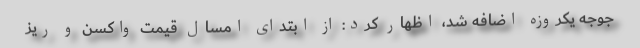
جوجه یکروزه اضافه شد، اظهار کرد: از ابتدای امسال قیمت واکسن و ریز